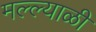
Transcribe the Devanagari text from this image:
मल्ल्याळी